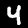
Label: 4